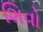
શિવો